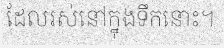
ដែលរស់នៅក្នុងទឹកនោះ។